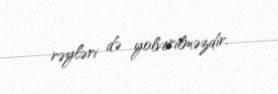
rəyləri də yolverilməzdir.